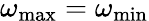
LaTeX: \omega_{\mathrm{max}}=\omega_{\mathrm{min}}